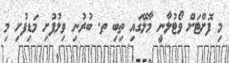
މި ފޮށްޓަށް ވޯޓުލާނީ މާލޭގައި ތިބި ތ. ބުރުނި ވިލުފުށި މަޑިފުށި މި